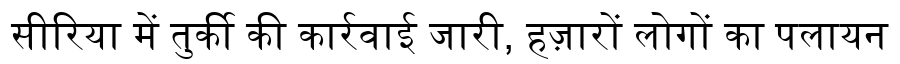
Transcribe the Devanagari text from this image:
सीरिया में तुर्की की कार्रवाई जारी, हज़ारों लोगों का पलायन